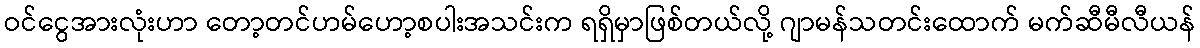
ဝင်ငွေအားလုံးဟာ တော့တင်ဟမ်ဟော့စပါးအသင်းက ရရှိမှာဖြစ်တယ်လို့ ဂျာမန်သတင်းထောက် မက်ဆီမီလီယန်